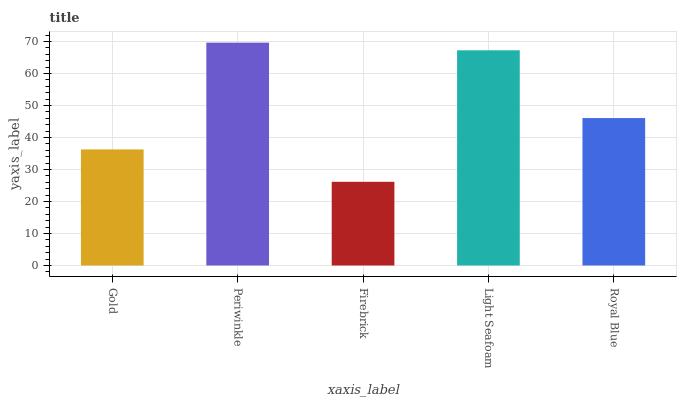
| xaxis_label | bars |
 | --- | --- |
 | Gold | 36.3 |
 | Periwinkle | 69.7 |
 | Firebrick | 26.2 |
 | Light Seafoam | 67.3 |
 | Royal Blue | 46.1 |